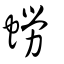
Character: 蟧